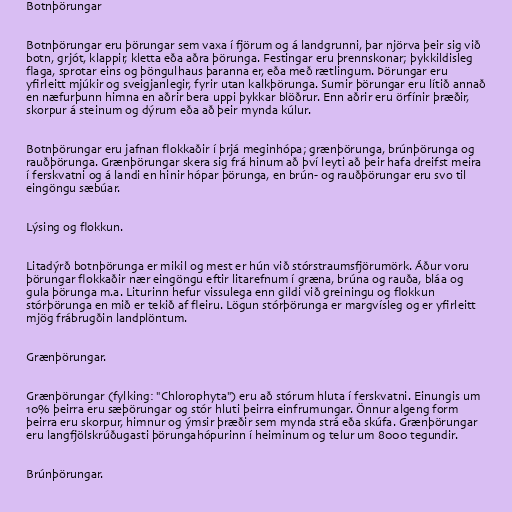
Botnþörungar

Botnþörungar eru þörungar sem vaxa í fjörum og á landgrunni, þar njörva þeir sig við
botn, grjót, klappir, kletta eða aðra þörunga. Festingar eru þrennskonar; þykkildisleg
flaga, sprotar eins og þöngulhaus þaranna er, eða með rætlingum. Þörungar eru
yfirleitt mjúkir og sveigjanlegir, fyrir utan kalkþörunga. Sumir þörungar eru lítið annað
en næfurþunn himna en aðrir bera uppi þykkar blöðrur. Enn aðrir eru örfínir þræðir,
skorpur á steinum og dýrum eða að þeir mynda kúlur.

Botnþörungar eru jafnan flokkaðir í þrjá meginhópa; grænþörunga, brúnþörunga og
rauðþörunga. Grænþörungar skera sig frá hinum að því leyti að þeir hafa dreifst meira
í ferskvatni og á landi en hinir hópar þörunga, en brún- og rauðþörungar eru svo til
eingöngu sæbúar.

Lýsing og flokkun.

Litadýrð botnþörunga er mikil og mest er hún við stórstraumsfjörumörk. Áður voru
þörungar flokkaðir nær eingöngu eftir litarefnum í græna, brúna og rauða, bláa og
gula þörunga m.a. Liturinn hefur vissulega enn gildi við greiningu og flokkun
stórþörunga en mið er tekið af fleiru. Lögun stórþörunga er margvísleg og er yfirleitt
mjög frábrugðin landplöntum.

Grænþörungar.

Grænþörungar (fylking: "Chlorophyta") eru að stórum hluta í ferskvatni. Einungis um
10% þeirra eru sæþörungar og stór hluti þeirra einfrumungar. Önnur algeng form
þeirra eru skorpur, himnur og ýmsir þræðir sem mynda strá eða skúfa. Grænþörungar
eru langfjölskrúðugasti þörungahópurinn í heiminum og telur um 8000 tegundir.

Brúnþörungar.